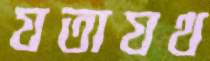
যতাযথ